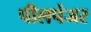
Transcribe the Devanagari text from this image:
पीलपंजर